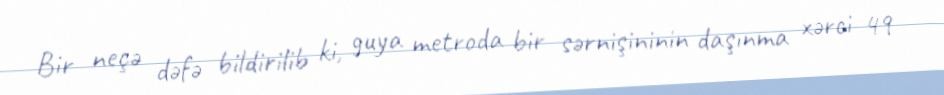
Bir neçə dəfə bildirilib ki, guya metroda bir sərnişininin daşınma xərci 49